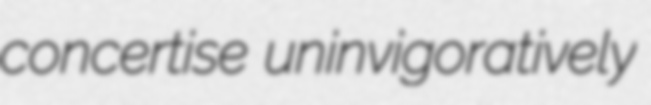
concertise uninvigoratively